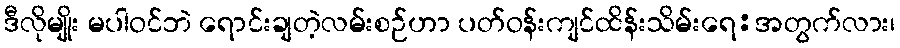
ဒီလိုမျိုး မပါဝင်ဘဲ ရောင်းချတဲ့လမ်းစဉ်ဟာ ပတ်ဝန်းကျင်ထိန်းသိမ်းရေ:အတွက်လား၊